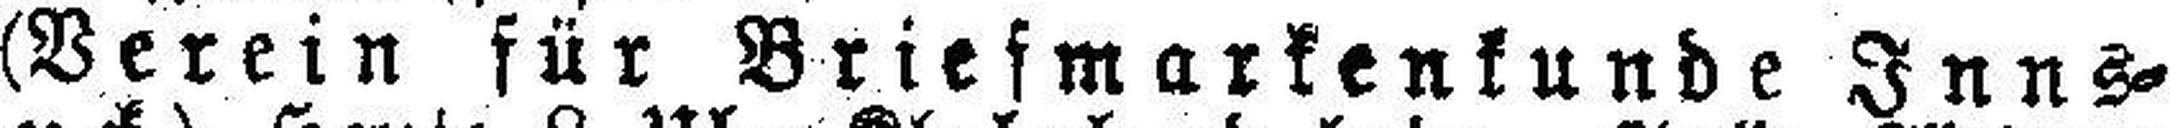
(Verein für Briefmarkenkunde Inns¬